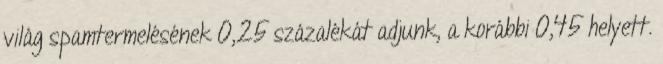
világ spamtermelésének 0,25 százalékát adjunk, a korábbi 0,45 helyett.